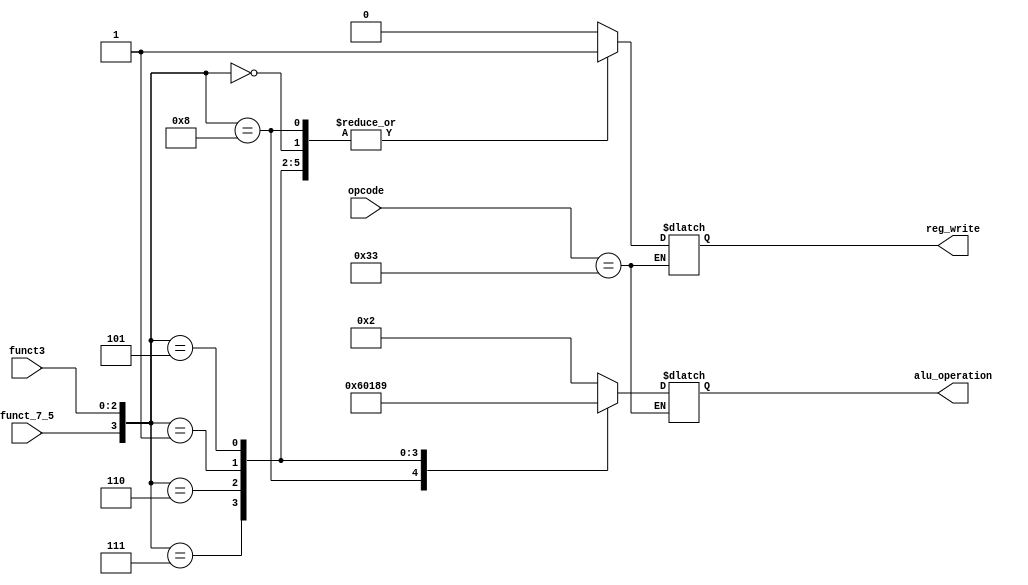
`timescale 1ns / 1ps
//////////////////////////////////////////////////////////////////////////////////
// Company: 
// Engineer: 
// 
// Design Name: 
// Module Name:    main_control_unit 
// Project Name: 
// Target Devices: 
// Tool versions: 
// Description: 
//
// Dependencies: 
//
// Revision: 
// Revision 0.01 - File Created
// Additional Comments: 
//
//////////////////////////////////////////////////////////////////////////////////
module main_control_unit(
	input [6:0] opcode,
	input [2:0] funct3,
	//input [6:0] funct7,
	input wire funct_7_5,
	output reg reg_write,
	output reg [3:0] alu_operation
    );
	 
	//wire [3:0] funct_op = {funct7[5], funct3};
	wire [3:0] funct_op = {funct_7_5, funct3};
	localparam [6:0] r_type = 7'b0110011;
	localparam [6:0] i_type = 7'b0000011;
	localparam [6:0] s_type = 7'b0100011;
	localparam [6:0] b_type = 7'b1100011;
	localparam [3:0] ADDfunct = 4'b0000;
	localparam [3:0] SUBfunct = 4'b1000;
	localparam [3:0] ANDfunct = 4'b0111;
	localparam [3:0] ORfunct = 4'b0110;
	localparam [3:0] SLLfunct = 4'b0001;
	localparam [3:0] SRLfunct = 4'b0101;
	localparam [3:0] AND = 4'b0000, OR = 4'b0001, ADD = 4'b0010, SUB = 4'b0110, SLL = 4'b1000, SRL = 4'b1001;
	always@(*)
		begin
		if(opcode == r_type)
			begin
				case(funct_op)
					ADDfunct:
								begin
								reg_write = 1'b1;
								alu_operation = ADD;
								end
					SUBfunct:
								begin
								reg_write = 1'b1;
								alu_operation = SUB;
								end
					ANDfunct:
								begin
								reg_write = 1'b1;
								alu_operation = AND;
								end
					ORfunct:
								begin
								reg_write = 1'b1;
								alu_operation = OR;
								end
					SLLfunct:
								begin
								reg_write = 1'b1;
								alu_operation = SLL;
								end
					SRLfunct:
								begin
								reg_write = 1'b1;
								alu_operation = SRL;
								end
					default:
								begin
								reg_write = 1'b0;
								alu_operation = 4'bx;
								end
				endcase
			end
		end
							

endmodule